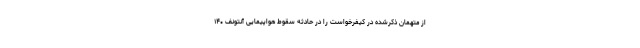
از متهمان ذکرشده در کیفرخواست را در حادثه سقوط هواپیمایی آنتونف ۱۴۰